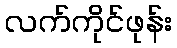
လက်ကိုင်ဖုန်း